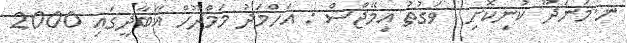
ނ.މަނަދޫ ކުނިކޮށި  ވަގުތު އިމޭޖްސް : އަހްމަދު މަމްދޫހް އާބާދީގައި 2000